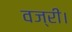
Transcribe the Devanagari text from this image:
वज्री।